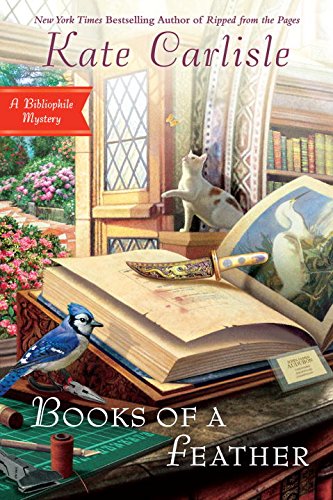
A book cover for Books of a Feather: A Bibliophile Mystery; Kate Carlisle; Mystery, Thriller & Suspense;